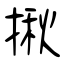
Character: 揪